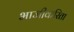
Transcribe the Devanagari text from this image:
भाजीकरिता